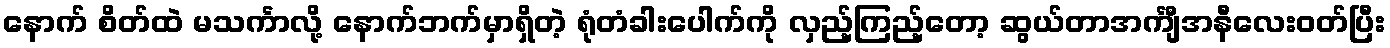
နောက် စိတ်ထဲ မသင်္ကာလို့ နောက်ဘက်မှာရှိတဲ့ ရုံတံခါးပေါက်ကို လှည့်ကြည့်တော့ ဆွယ်တာအင်္ကျီအနီလေးဝတ်ပြီး